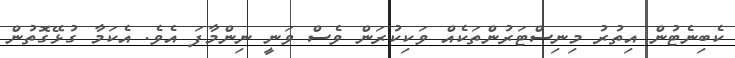
ކެބިނެޓުން އިތުރު މިނިސްޓަރުންތަކެއް ވަކިކުރަން ވެސް ވަނީ ނިންމާފަ އެވެ. އެކަމާ ގުޅޭގޮތުން